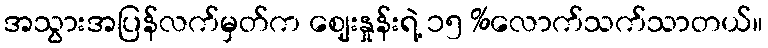
အသွားအပြန်လက်မှတ်က ဈေးနှုန်းရဲ့ ၁၅ %လောက်သက်သာတယ်။